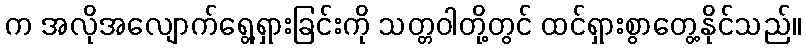
က အလိုအလျောက်ရွေ့ရှားခြင်းကို သတ္တဝါတို့တွင် ထင်ရှားစွာတွေ့နိုင်သည်။